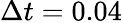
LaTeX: \Delta t=0.04